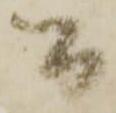
間